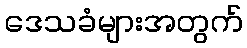
ဒေသခံများအတွက်